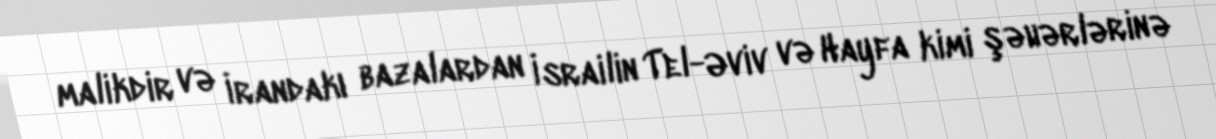
malikdir və İrandakı bazalardan İsrailin Tel-Əviv və Hayfa kimi şəhərlərinə